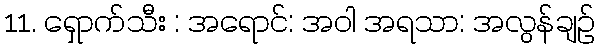
11. ရှောက်သီး : အရောင်: အဝါ အရသာ: အလွန်ချဉ်